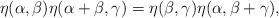
LaTeX: \begin{align*}\eta(\alpha,\beta)\eta(\alpha+\beta,\gamma)=\eta(\beta,\gamma)\eta(\alpha, \beta+\gamma),\end{align*}